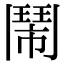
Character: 鬧